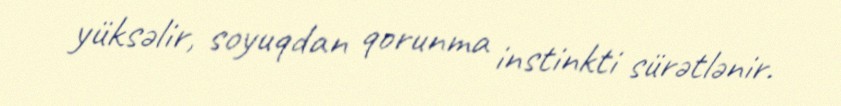
yüksəlir, soyuqdan qorunma instinkti sürətlənir.